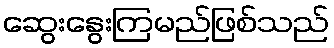
ဆွေးနွေးကြမည်ဖြစ်သည်